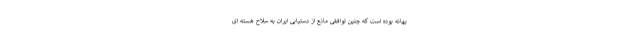
بهانه بوده است که چنین توافقی مانع از دستیابی ایران به سلاح هسته ای